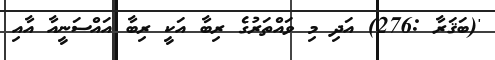
'(ބަޤަރާ :276) އަދި މި ވައްތަރުގެ ރިބާ އަކީ ރިބާ އައްސަނީއާ އާއި